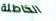
الخاطئة